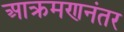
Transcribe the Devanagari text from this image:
आक्रमणनंतर